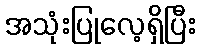
အသုံးပြုလေ့ရှိပြီး